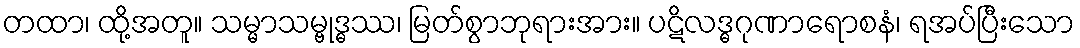
တထာ၊ ထို့အတူ။ သမ္မာသမ္ဗုဒ္ဓဿ၊ မြတ်စွာဘုရားအား။ ပဋိလဒ္ဓဂုဏာရောစနံ၊ ရအပ်ပြီးသော